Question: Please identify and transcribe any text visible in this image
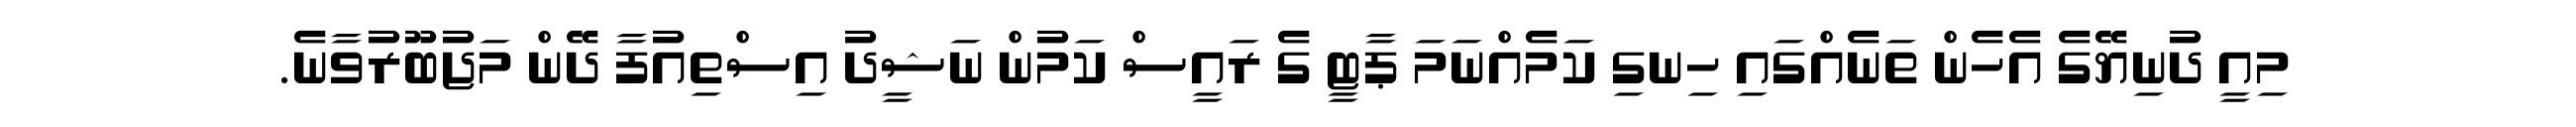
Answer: މިއީ ދުނިޔޭގެ އެހެން ތަނެއްގައި ހިނގި ކަމެއްނަމަ ޕާޓީ ގެ ރައީސް ކަމުން ނަޝީދު އިސްތިއުފާ ދޭން މަޖުބޫރުވާނެ.